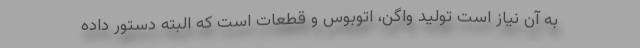
به آن نیاز است تولید واگن، اتوبوس و قطعات است که البته دستور داده